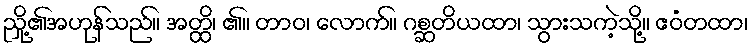
ညှို့၏အဟုန်သည်။ အတ္ထိ၊ ၏။ တာဝ၊ လောက်။ ဂစ္ဆတိယထာ၊ သွားသကဲ့သို့။ ဧဝံတထာ၊